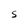
Character: S